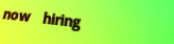
now hiring